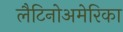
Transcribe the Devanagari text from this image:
लैटिनोअमेरिका